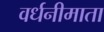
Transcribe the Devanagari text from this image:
वर्धनीमाता